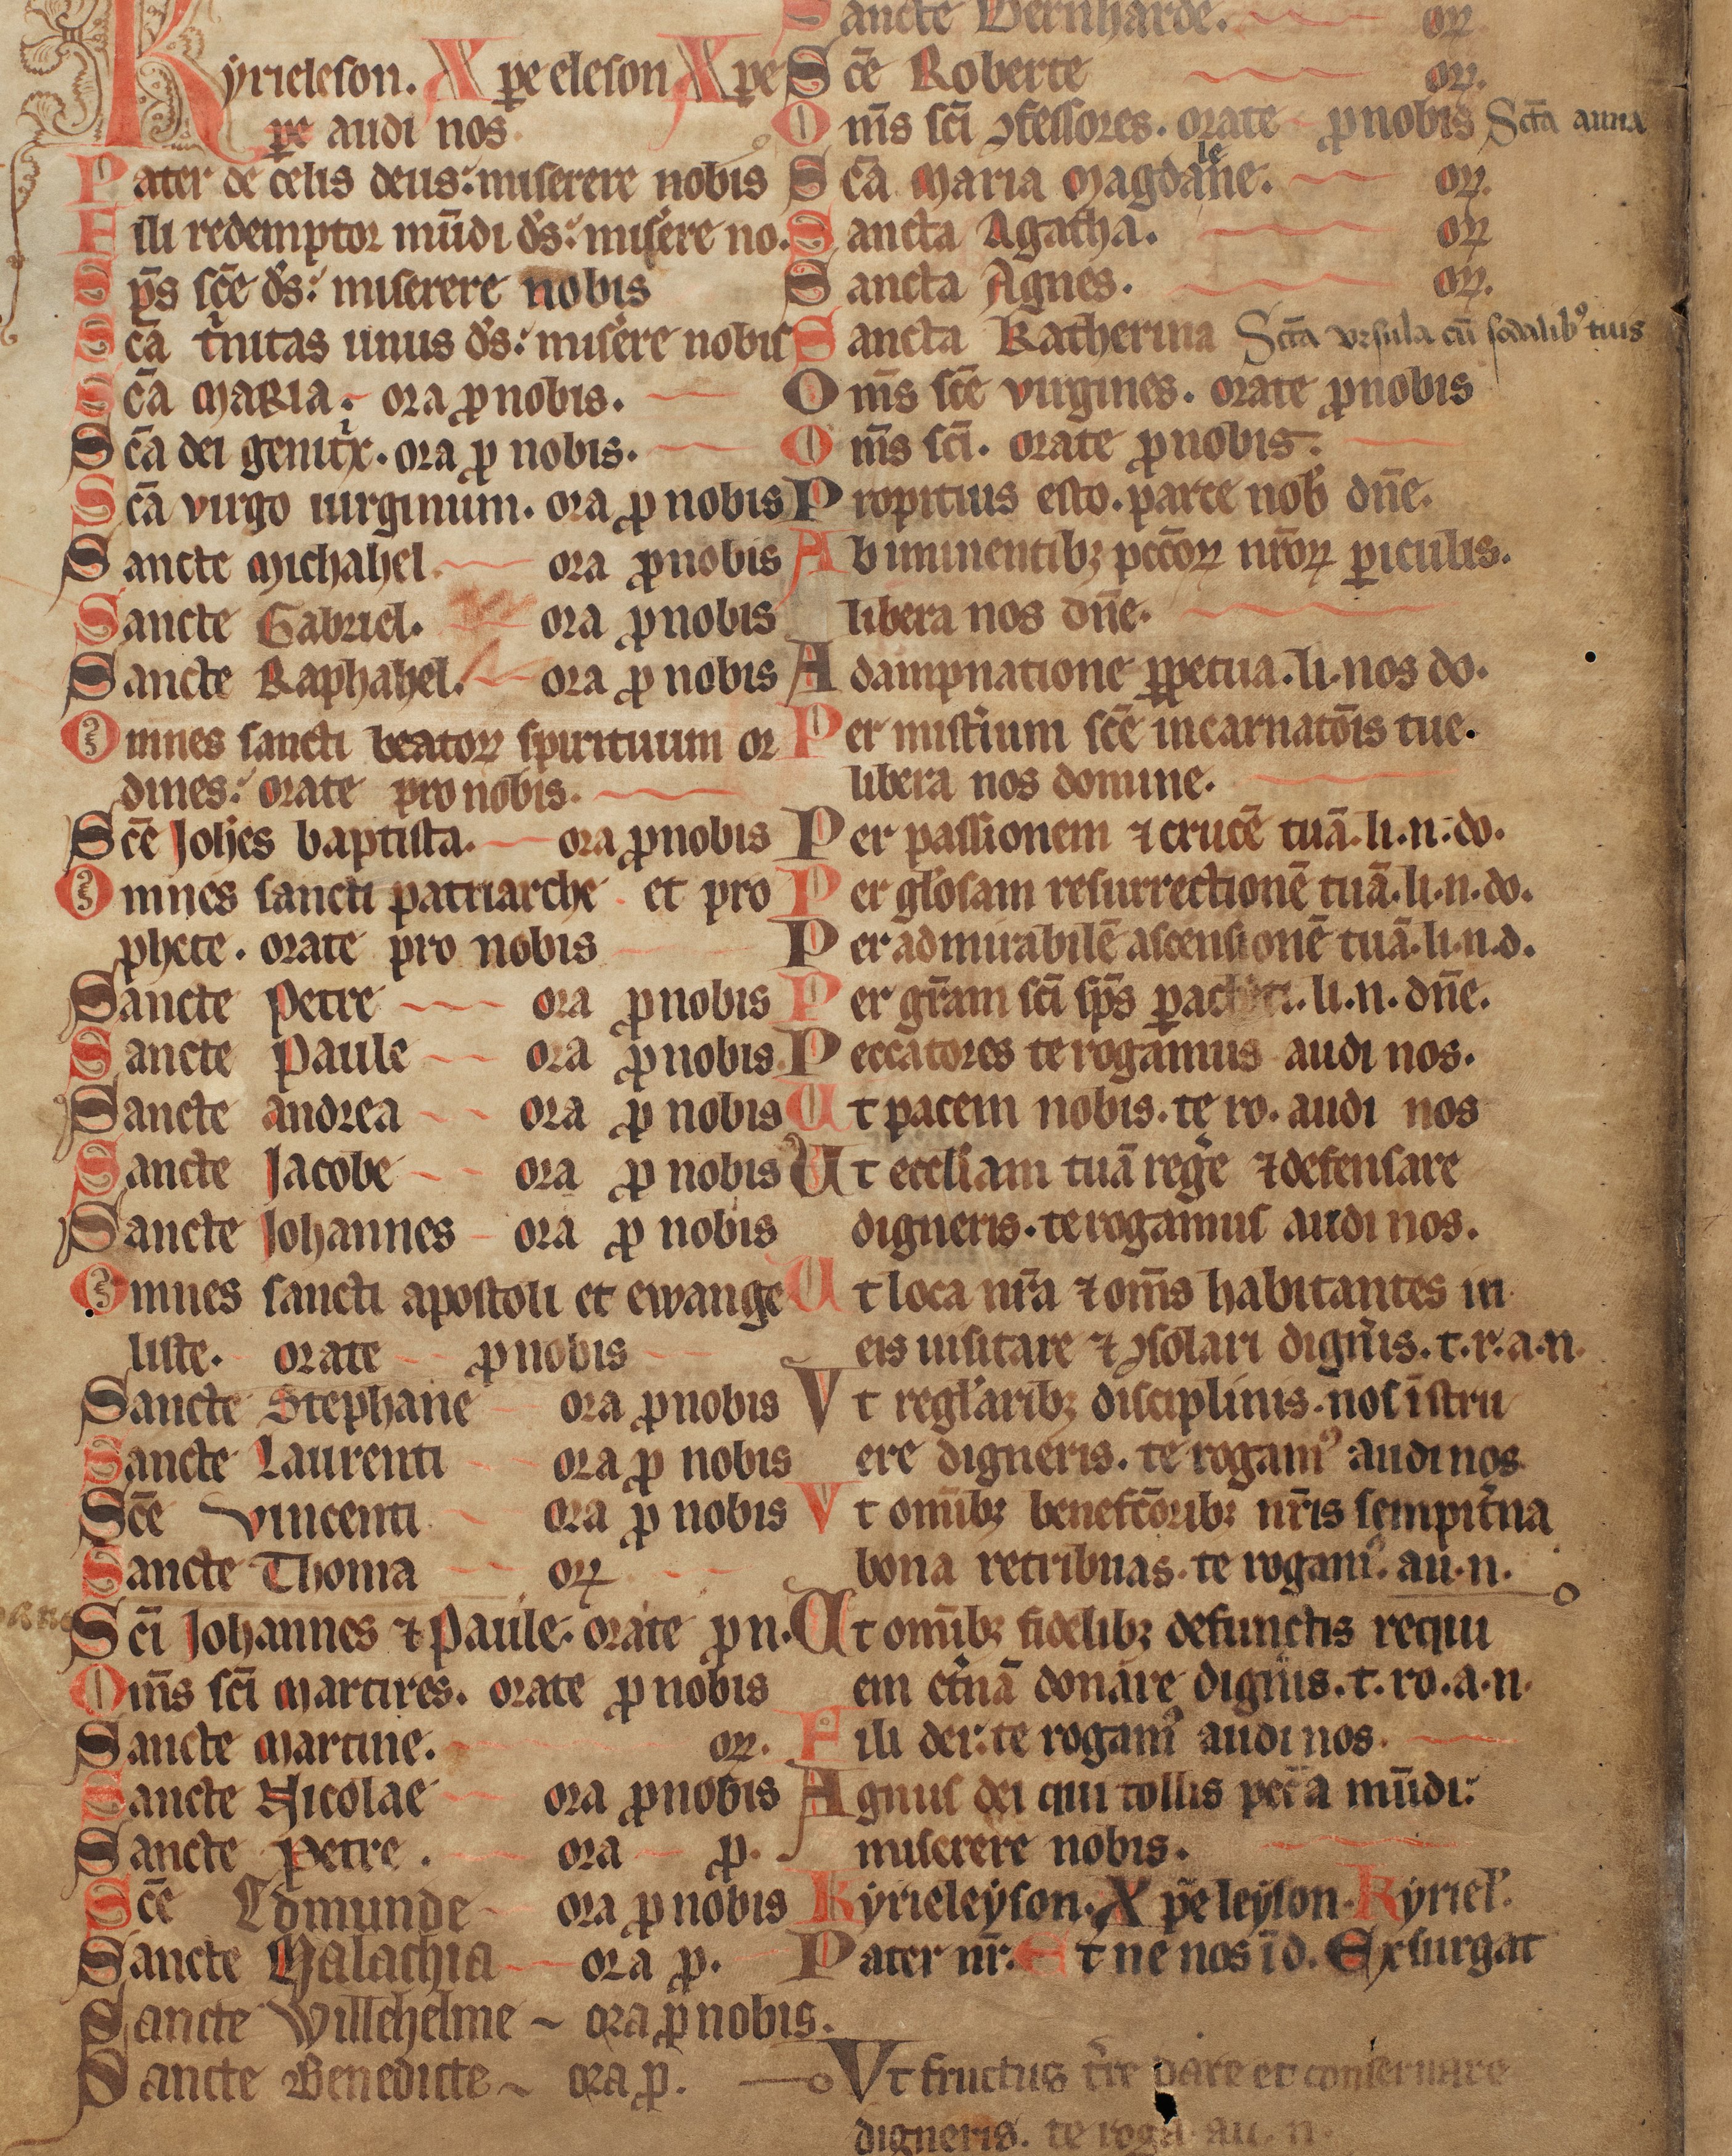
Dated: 1400–1430